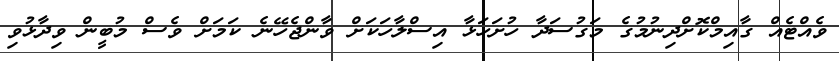
ވެއްޓެއް ގާއިމްކޮށްދިނުމުގެ މަގުސަދާ ހުށަހަޅާ އިސްލާހަކަށް ވާންޖެހޭނެ ކަމަށް ވެސް މުބީން ވިދާޅުވި